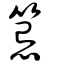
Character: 䈚